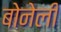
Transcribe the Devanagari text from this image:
बोनेली